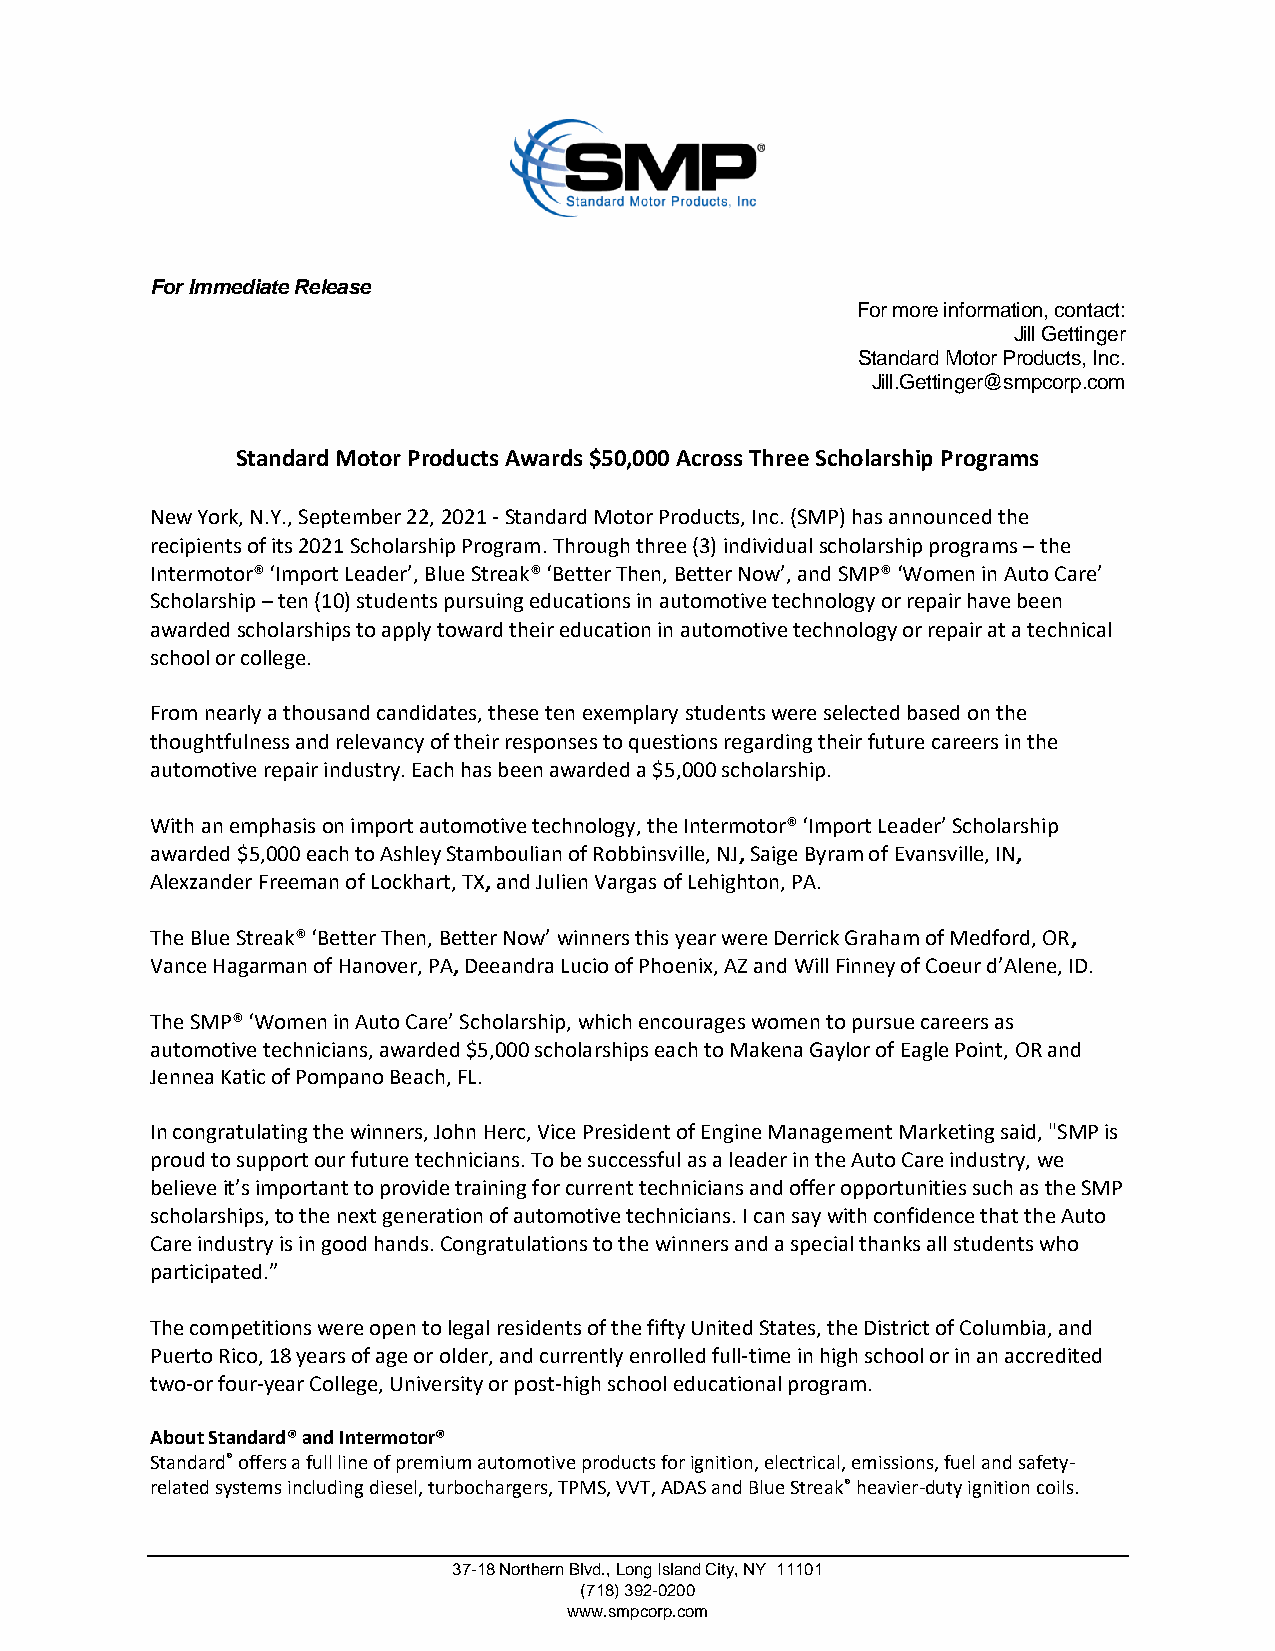
For Immediate Release
 For more information, contact:
 Jill Gettinger
 Standard Motor Products, Inc.
 Jill.Gettinger@smpcorp.com
 Standard Motor Products Awards $50,000 Across Three Scholarship Programs
 New York, N.Y., September 22, 2021 - Standard Motor Products, Inc. (SMP) has announced the
 recipients of its 2021 Scholarship Program. Through three (3) individual scholarship programs – the
 Intermotor® ‘Import Leader’, Blue Streak® ‘Better Then, Better Now’, and SMP® ‘Women in Auto Care’
 Scholarship – ten (10) students pursuing educations in automotive technology or repair have been
 awarded scholarships to apply toward their education in automotive technology or repair at a technical
 school or college.
 From nearly a thousand candidates, these ten exemplary students were selected based on the
 thoughtfulness and relevancy of their responses to questions regarding their future careers in the
 automotive repair industry. Each has been awarded a $5,000 scholarship.
 With an emphasis on import automotive technology, the Intermotor® ‘Import Leader’ Scholarship
 awarded $5,000 each to Ashley Stamboulian of Robbinsville, NJ, Saige Byram of Evansville, IN,
 Alexzander Freeman of Lockhart, TX, and Julien Vargas of Lehighton, PA.
 The Blue Streak® ‘Better Then, Better Now’ winners this year were Derrick Graham of Medford, OR,
 Vance Hagarman of Hanover, PA, Deeandra Lucio of Phoenix, AZ and Will Finney of Coeur d’Alene, ID.
 The SMP® ‘Women in Auto Care’ Scholarship, which encourages women to pursue careers as
 automotive technicians, awarded $5,000 scholarships each to Makena Gaylor of Eagle Point, OR and
 Jennea Katic of Pompano Beach, FL.
 In congratulating the winners, John Herc, Vice President of Engine Management Marketing said, "SMP is
 proud to support our future technicians. To be successful as a leader in the Auto Care industry, we
 believe it’s important to provide training for current technicians and offer opportunities such as the SMP
 scholarships, to the next generation of automotive technicians. I can say with confidence that the Auto
 Care industry is in good hands. Congratulations to the winners and a special thanks all students who
 participated.”
 The competitions were open to legal residents of the fifty United States, the District of Columbia, and
 Puerto Rico, 18 years of age or older, and currently enrolled full-time in high school or in an accredited
 two-or four-year College, University or post-high school educational program.
 About Standard® and Intermotor®
 Standard® offers a full line of premium automotive products for ignition, electrical, emissions, fuel and safety-
 related systems including diesel, turbochargers, TPMS, VVT, ADAS and Blue Streak® heavier-duty ignition coils.
 37-18 Northern Blvd., Long Island City, NY 11101
 (718) 392-0200
 www.smpcorp.com